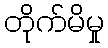
တိုက်မိမှု